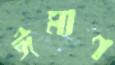
ঈমাণ